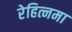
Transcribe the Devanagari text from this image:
रेहित्नमा